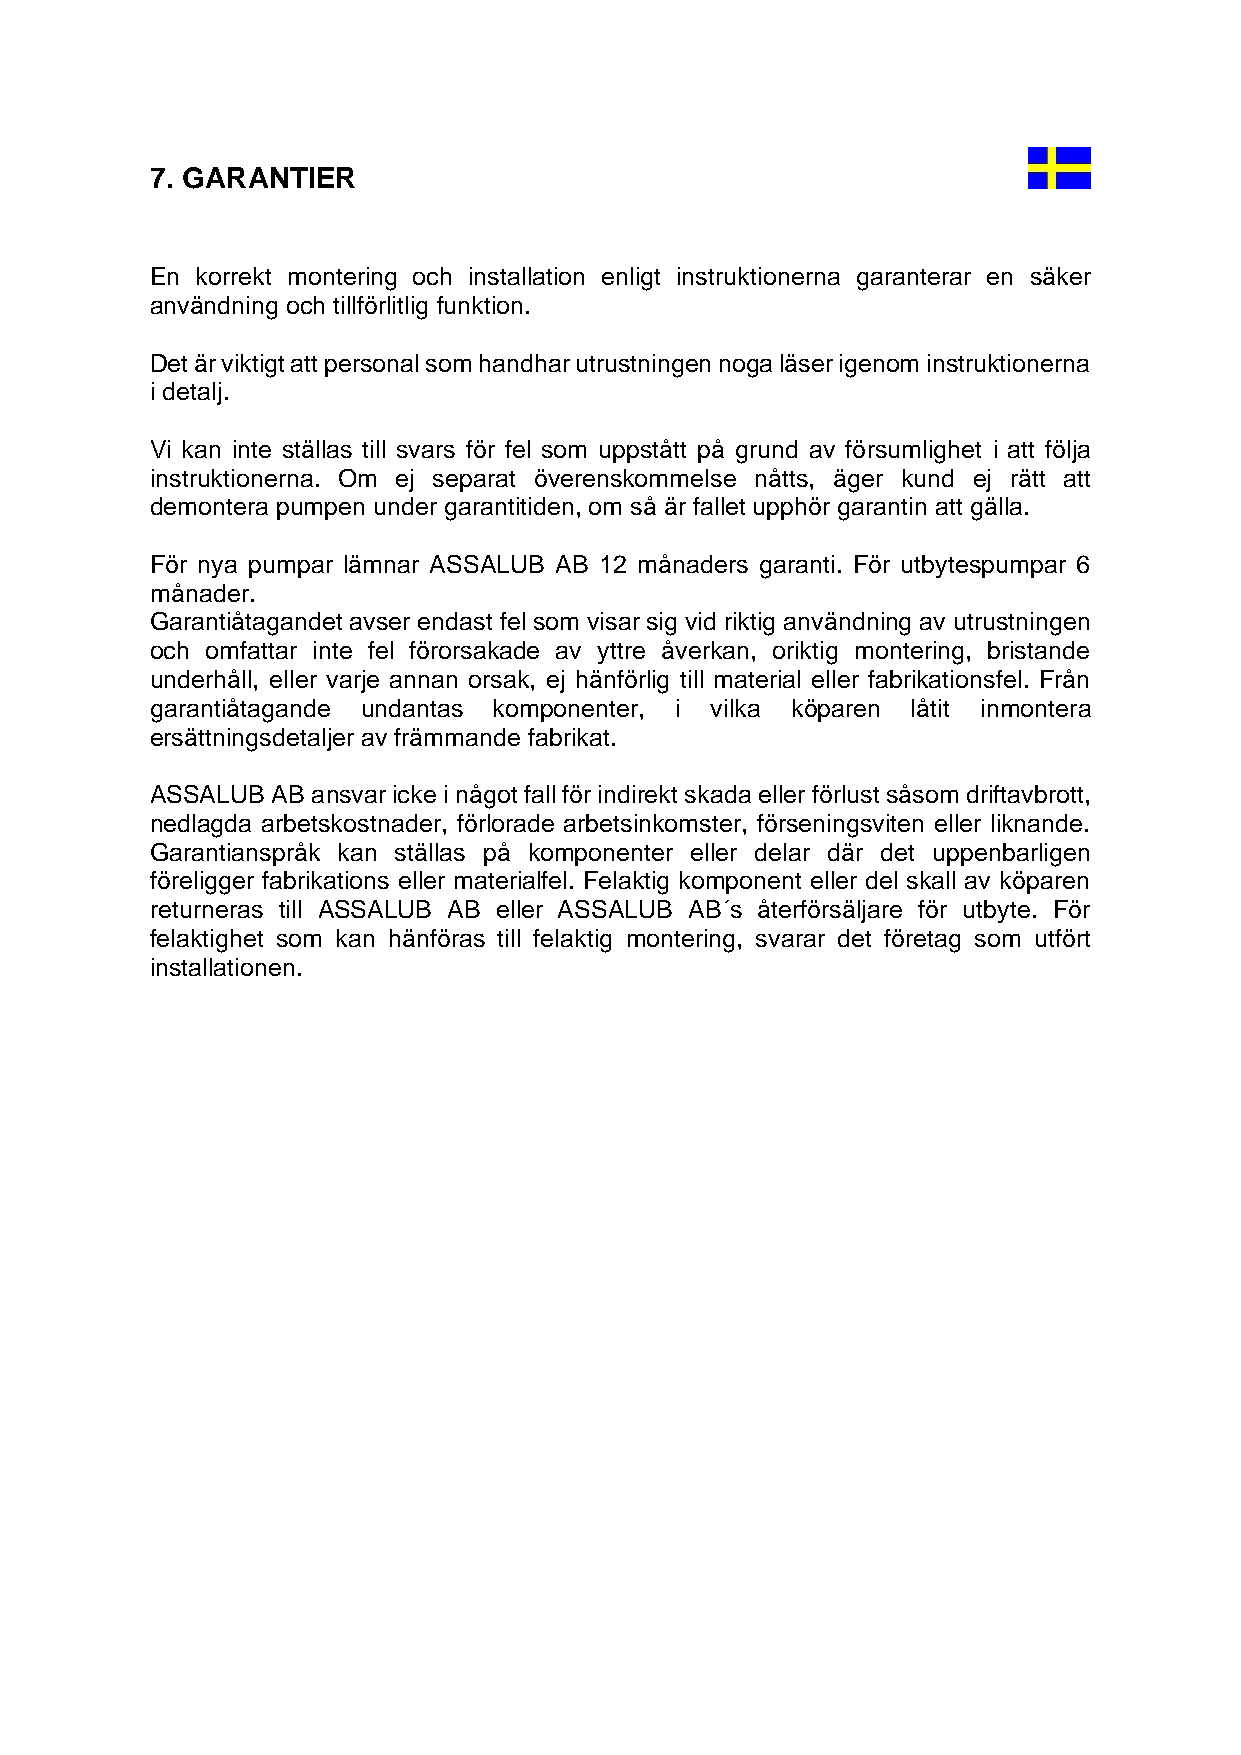
7. GARANTIER
 En korrekt montering och installation enligt instruktionerna garanterar en säker
 användning och tillförlitlig funktion.
 Det är viktigt att personal som handhar utrustningen noga läser igenom instruktionerna
 i detalj.
 Vi kan inte ställas till svars för fel som uppstått på grund av försumlighet i att följa
 instruktionerna. Om ej separat överenskommelse nåtts, äger kund ej rätt att
 demontera pumpen under garantitiden, om så är fallet upphör garantin att gälla.
 För nya pumpar lämnar ASSALUB AB 12 månaders garanti. För utbytespumpar 6
 månader.
 Garantiåtagandet avser endast fel som visar sig vid riktig användning av utrustningen
 och omfattar inte fel förorsakade av yttre åverkan, oriktig montering, bristande
 underhåll, eller varje annan orsak, ej hänförlig till material eller fabrikationsfel. Från
 garantiåtagande undantas komponenter, i vilka köparen låtit inmontera
 ersättningsdetaljer av främmande fabrikat.
 ASSALUB AB ansvar icke i något fall för indirekt skada eller förlust såsom driftavbrott,
 nedlagda arbetskostnader, förlorade arbetsinkomster, förseningsviten eller liknande.
 Garantianspråk kan ställas på komponenter eller delar där det uppenbarligen
 föreligger fabrikations eller materialfel. Felaktig komponent eller del skall av köparen
 returneras till ASSALUB AB eller ASSALUB AB´s återförsäljare för utbyte. För
 felaktighet som kan hänföras till felaktig montering, svarar det företag som utfört
 installationen.